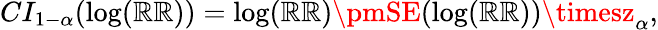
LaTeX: CI_{1-\alpha}(\log(\mathbb{R}\mathbb{R}))=\log(\mathbb{R}\mathbb{R})\pmSE(\log(\mathbb{R}\mathbb{R}))\timesz_{\alpha},